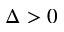
\Delta > 0